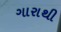
ગારાથી